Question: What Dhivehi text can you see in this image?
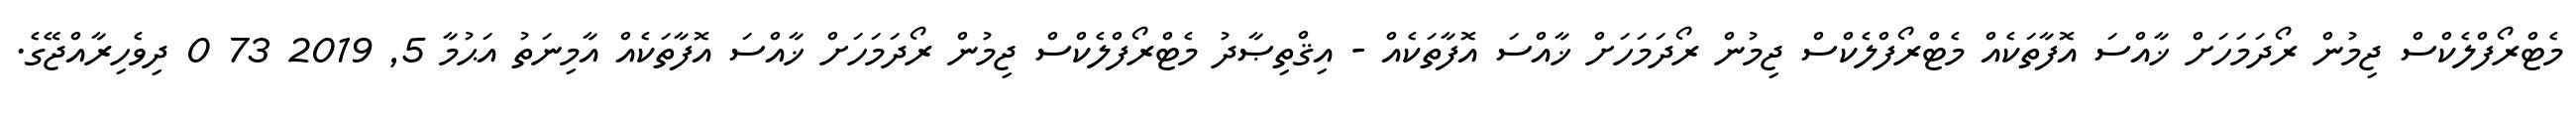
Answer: މެޓްރޯފްލެކްސް ޖިމުން ރޯދަމަހަށް ޚާއްސަ އޮފާތަކެއް މެޓްރޯފްލެކްސް ޖިމުން ރޯދަމަހަށް ޚާއްސަ އޮފާތަކެއް - އިޤްތިޞާދު މެޓްރޯފްލެކްސް ޖިމުން ރޯދަމަހަށް ޚާއްސަ އޮފާތަކެއް އާމިނަތު އަޙުމާ 5, 2019 73 0 ދިވެހިރާއްޖޭގެ.